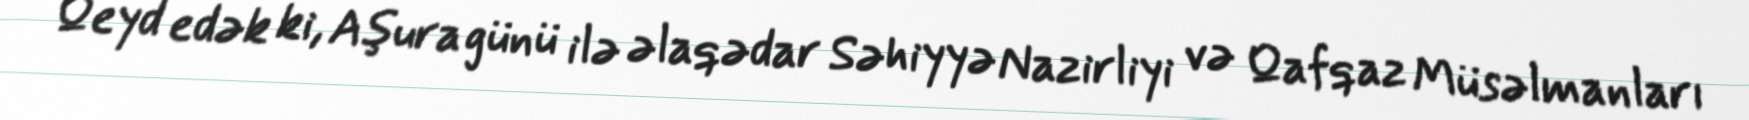
Qeyd edək ki, Aşura günü ilə əlaqədar Səhiyyə Nazirliyi və Qafqaz Müsəlmanları